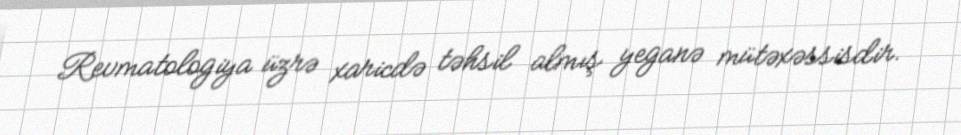
Revmatologiya üzrə xaricdə təhsil almış yeganə mütəxəssisdir.